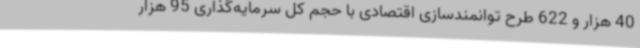
40 هزار و 622 طرح توانمندسازی اقتصادی با حجم کل سرمایه‌گذاری 95 هزار